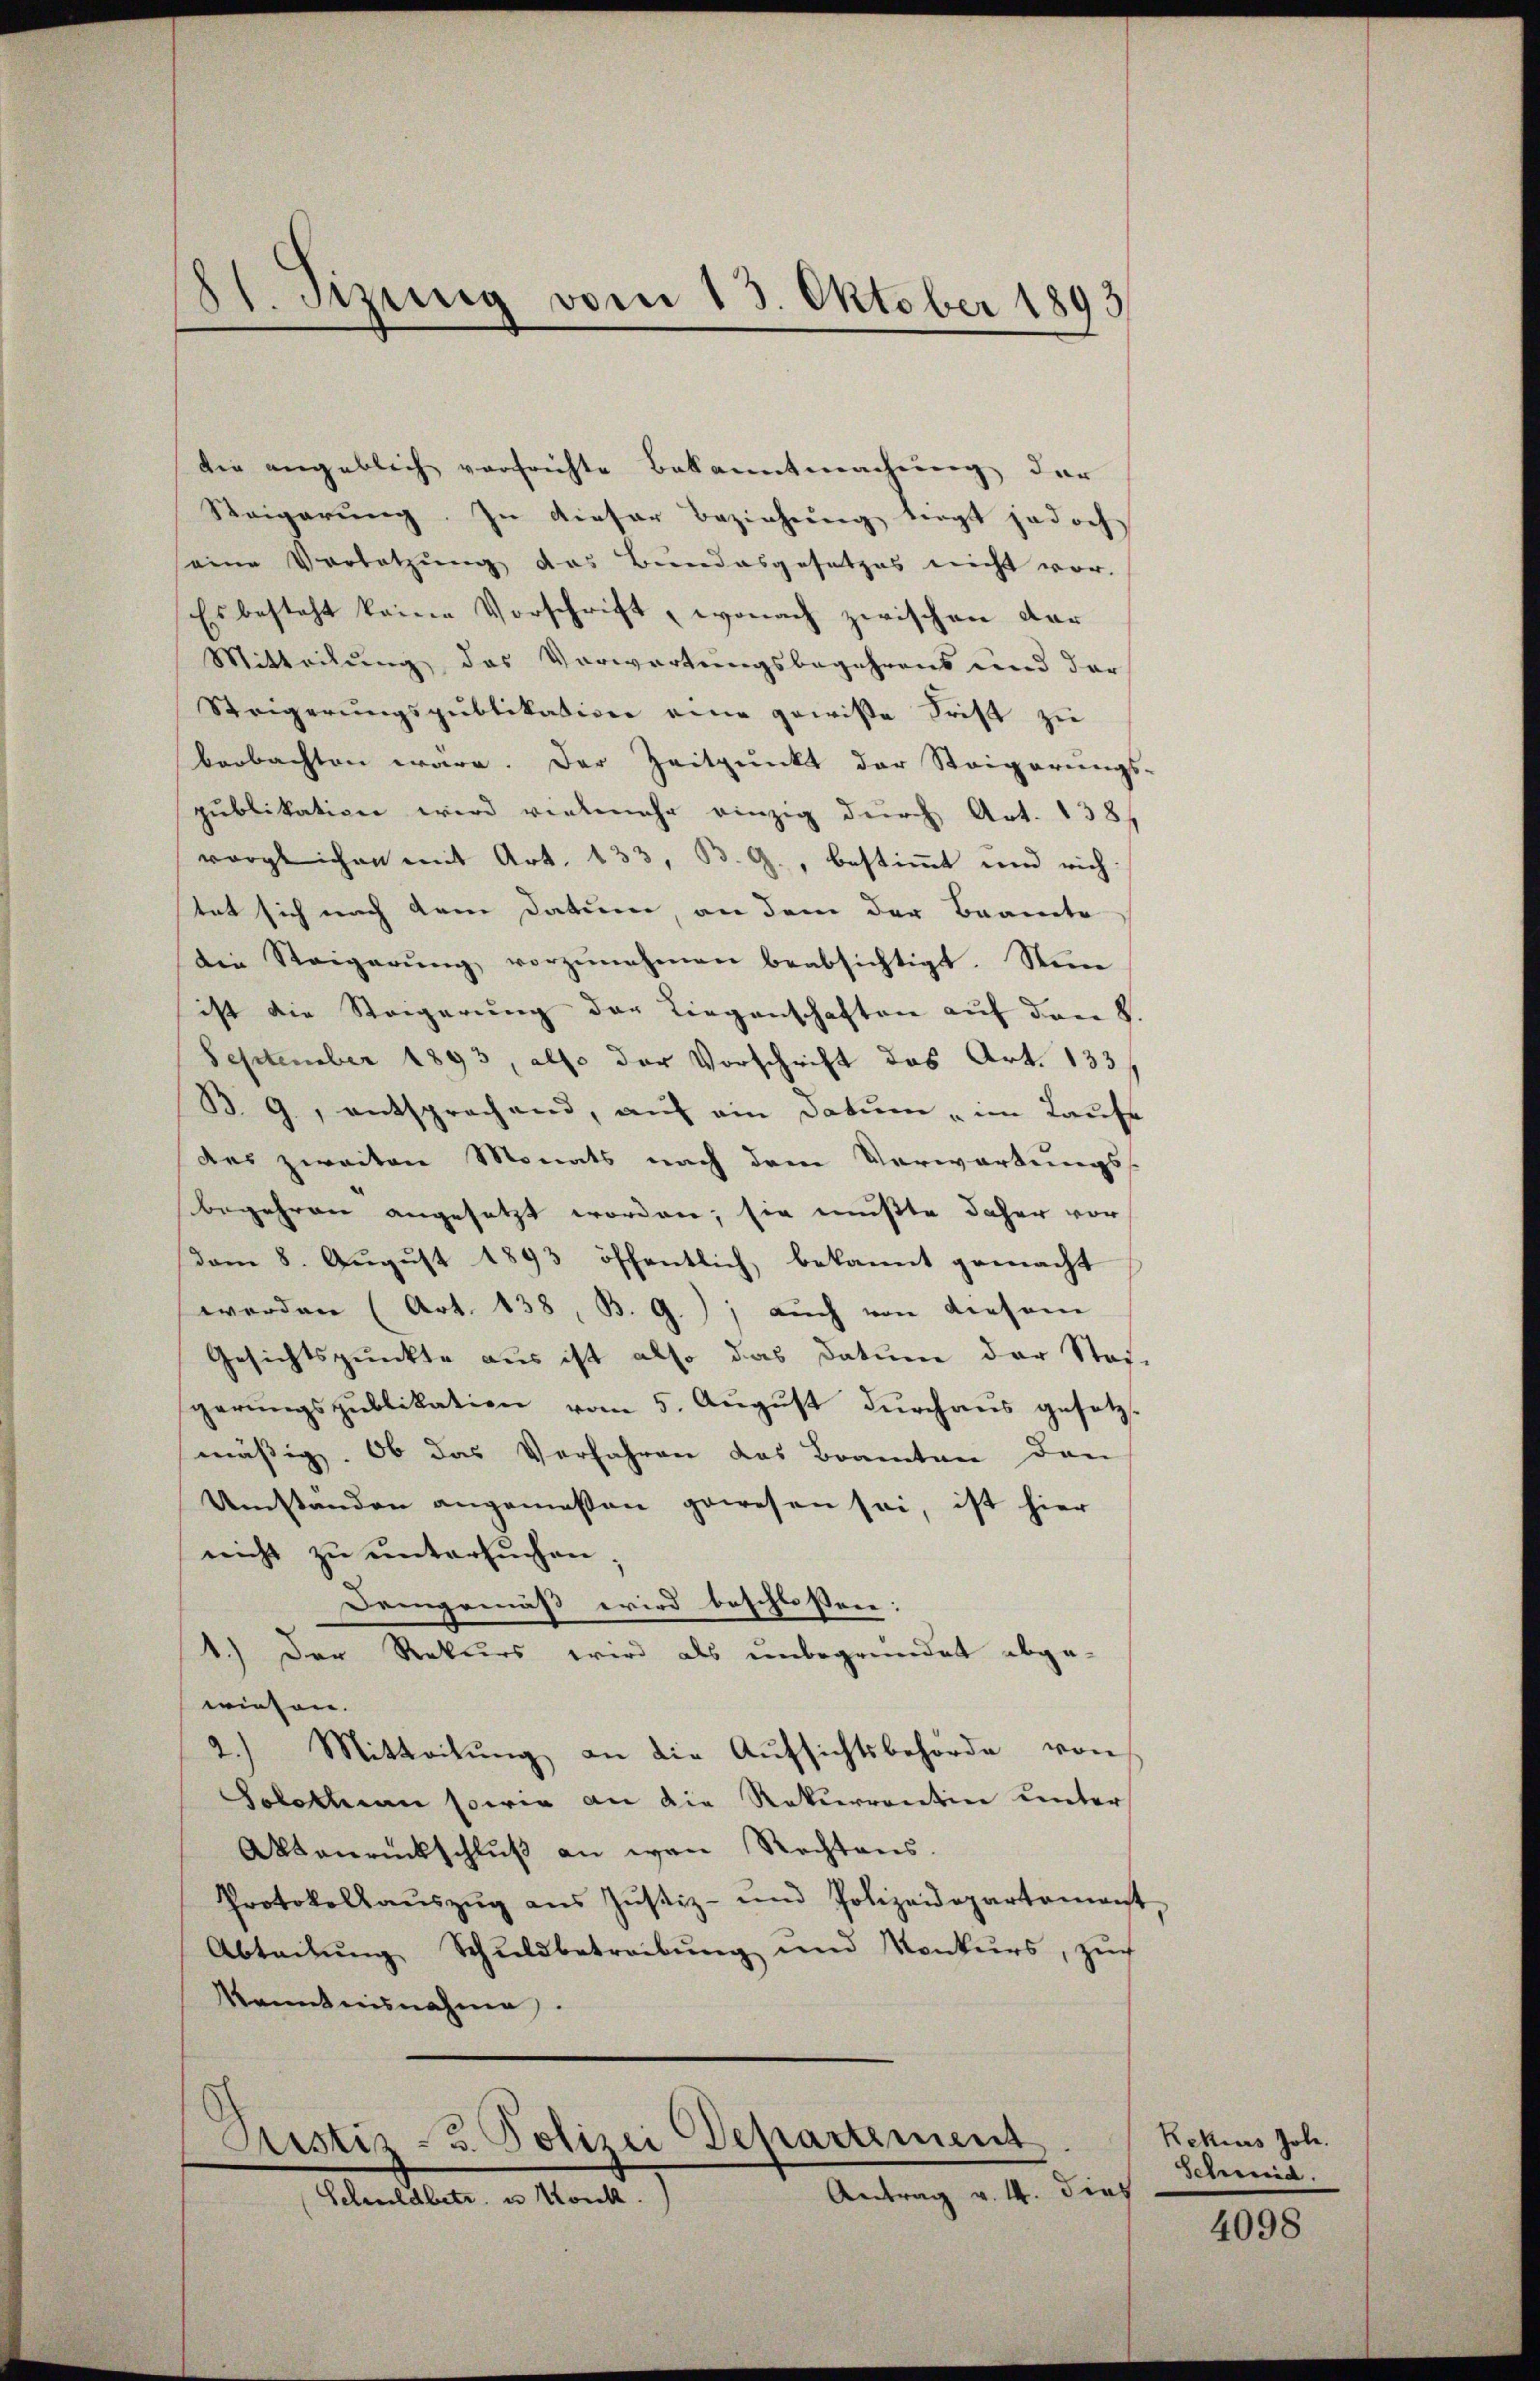
81. Sitzung vom 13. Oktober 1893

die angeblich verfrichte Bekanntmachung der
Steigerung. In dieser Beziehung liegt jedoch
seine Vorletzung das Bundesgesetzes nicht vor.
Es besteht keine Vorschrift, wonach zwischen dar¬
Mitteilung des Vorwartungsbegehrens und dar
Steigerungspublikation eine gewisse Frist zu
beobachten wäre. Der Zeitpunkt der Steigerungs-
publikation wird vielmehr einzig durch Art. 138
verglichen mit Art. 133, B. G., bestimmt und rich
tet sich nach dem Datum, an dem der Beamte
die Steigerŭng vorzŭnehmen beabsichtigt. Nun
ist die Steigerung der Liegenschaften auf den 8.
September 1893, also der Vorschrift das Art. 133,
B. 9, entsprechend, auf ein Datum im Laufe
das zweiten Monats nach dem Verwartungs-
begehren angesetzt worden; sie mußte daher vor
dom 8. August 1893 öffentlich, bekannt gemacht
werden (Art. 138, B. G.); auch von diesem
Gesichtspunkte aus ist also das Datum der Steg-
gerŭngspublikation vom 5. August durchaus gesetzt
mässig. Ob das Verfahren das Beamten den
Umstanden angemessen gewesen sei, ist hier
nicht zu untersuchen
Demgemäß wird beschlossen:
1.) Der Rekurs wird als unbegründet abge-
wiesen.
2.) Mitteilung an die Aufsichtsbehörde von
Solothurn sowie an die Rekurrentin unter
Aktenrückschlŭβ an wan Rechtens.
Protokollaŭszŭg ans Jŭstiz- und Polizeidepartament,
Abteilung Schuldbetreibung und Konkurs, zur
Kenntnisnahme.

Ristiz- u. Polizei Departement
Antrag v. 4. dies
Schuldbetr. u. Konk

Rekurs Joh.
Schmid.

4098